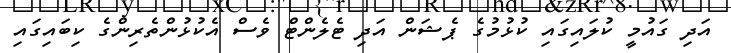
އަދި ގައުމީ ކުލައިގައި ކުޅުމުގެ ޕެޝަން އަދި ޓެލެންޓް ވެސް އެކުޅުންތެރިންގެ ކިބައިގައި